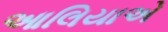
આલિયાએ